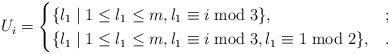
LaTeX: \begin{align*}U_{i}=\begin{cases}\{l_1\mid 1\leq l_{1} \leq m,l_1 \equiv i \bmod 3\},& ;\\\{l_1\mid 1\leq l_{1} \leq m,l_1 \equiv i \bmod 3,l_1\equiv 1\bmod 2\},& .\end{cases}\end{align*}